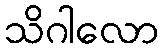
သိဂါလော